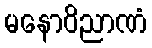
မနောဝိညာဏံ